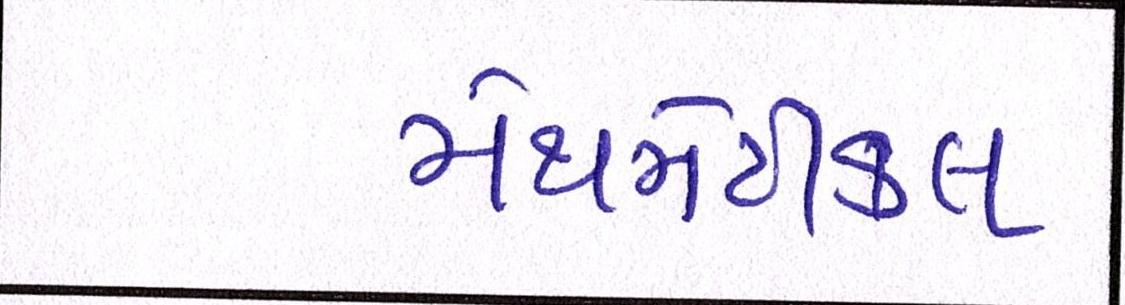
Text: મેથમેટીકલ